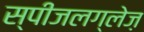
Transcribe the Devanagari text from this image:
स्पीजलग्लेज़